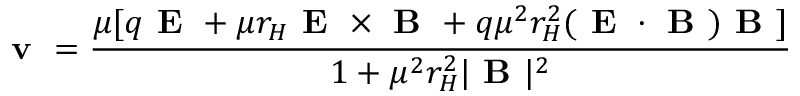
\textbf { v } = \frac { \mu [ q \textbf { E } + \mu r _ { H } \textbf { E } \times \textbf { B } + q \mu ^ { 2 } r _ { H } ^ { 2 } ( \textbf { E } \cdot \textbf { B } ) \textbf { B } ] } { 1 + \mu ^ { 2 } r _ { H } ^ { 2 } | \textbf { B } | ^ { 2 } }